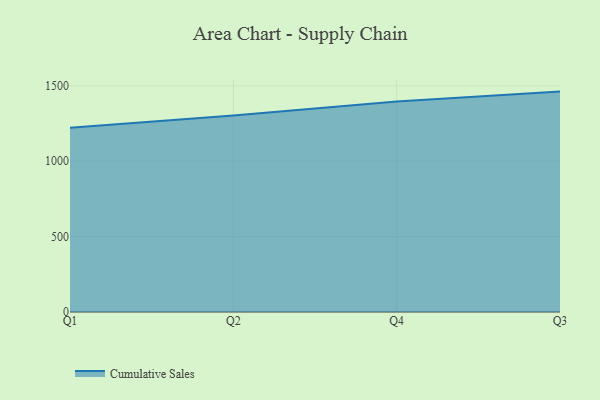
{"axis": {"x": "Quarter", "y": "Bounce Rate (%)"}, "legend": ["Cumulative Sales"], "data": [{"x": "Q1", "y": 1222.4, "type": "Cumulative Sales"}, {"x": "Q2", "y": 1303.3, "type": "Cumulative Sales"}, {"x": "Q4", "y": 1395.5, "type": "Cumulative Sales"}, {"x": "Q3", "y": 1461.7, "type": "Cumulative Sales"}]}